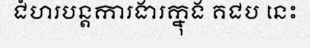
ជំហរបន្តការងារក្នុង គជប នេះ